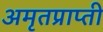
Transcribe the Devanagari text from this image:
अमृतप्राप्ती